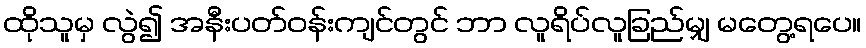
ထိုသူမှ လွဲ၍ အနီးပတ်ဝန်းကျင်တွင် ဘာ လူရိပ်လူခြည်မျှ မတွေ့ရပေ။